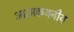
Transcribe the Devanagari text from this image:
आत्मकथनीय